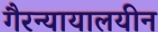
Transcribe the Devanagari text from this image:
गैरन्यायालयीन